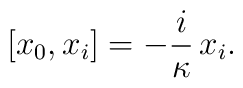
[x_0, x_i] =-\frac{i}\kappa\, x_i.